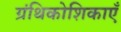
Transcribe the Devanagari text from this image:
ग्रंथिकोशिकाएँ